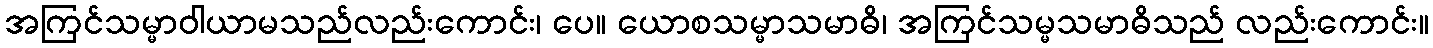
အကြင်သမ္မာဝါယာမသည်လည်းကောင်း၊ ပေ။ ယောစသမ္မာသမာဓိ၊ အကြင်သမ္မသမာဓိသည် လည်းကောင်း။